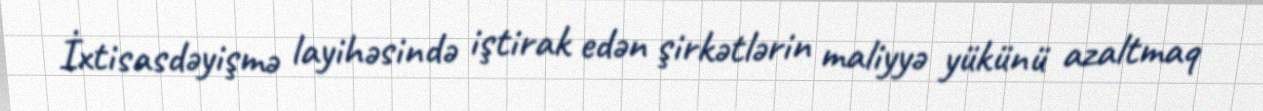
İxtisasdəyişmə layihəsində iştirak edən şirkətlərin maliyyə yükünü azaltmaq